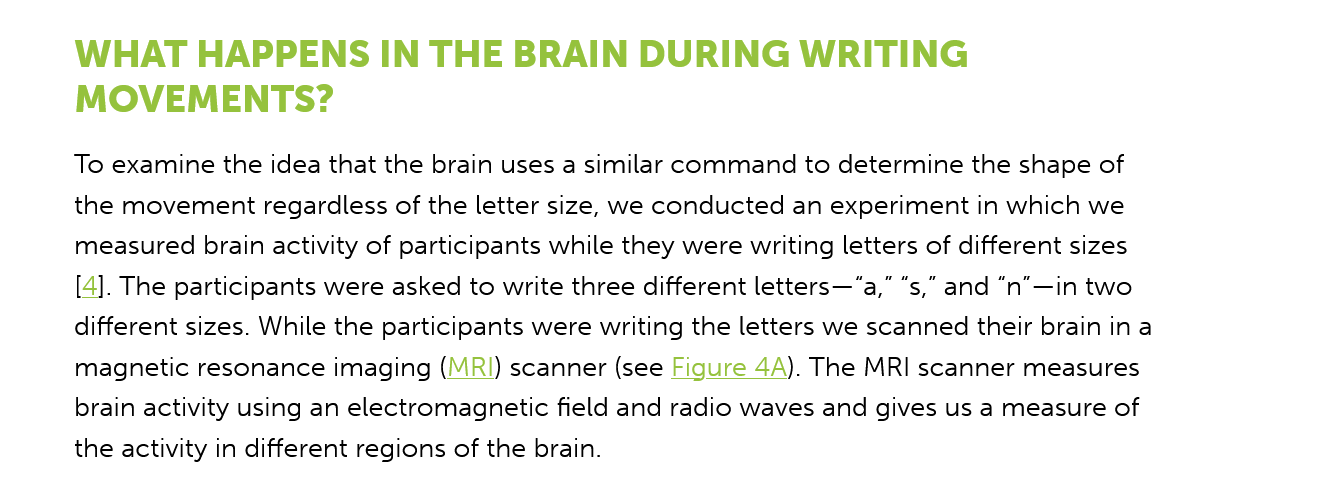
WHAT  HAPPENS    IN    THE   BRAIN    DURING    WRITING
     MOVEMENTS?
     To examine the idea that the brain uses a similar command to determine the shape of
     the movement regardless of the letter size, we conducted an experiment in which we
     measured brain activity of participants while they were writing letters of different sizes
     [4]. The participants were asked to write three different letters—“a,” “s,” and “n"—in two
     different sizes. While the participants were writing the letters we scanned their brain in a
     magnetic resonance imaging (MRI!) scanner (see Figure 4A). The MRI scanner measures
     brain activity using an electromagnetic field and radio waves and gives us a measure of
     the activity in different regions of the brain.